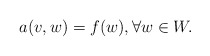
\begin{align*}a(v,w)=f(w), \forall w\in W.\end{align*}